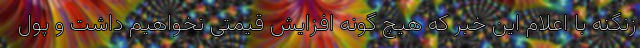
زنگنه با اعلام این خبر که هیچ گونه افزایش قیمتی نخواهیم داشت و پول